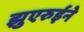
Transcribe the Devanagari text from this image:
झुएरुईने